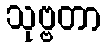
သုဗ္ဗတာ